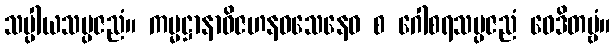
သပ္ပါယသမ္ပဇညံ။ ကမ္မဋ္ဌာနာဝိဇဟနဝသေနေဝ စ ဂေါစရသမ္ပဇညံ ဝေဒိတဗ္ဗံ။